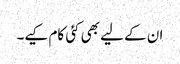
ان کے لیے بھی کئی کام کیے۔